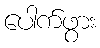
ပေါက်ဖွား